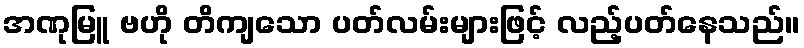
အဏုမြူ ဗဟို တိကျသော ပတ်လမ်းများဖြင့် လည့်ပတ်နေသည်။